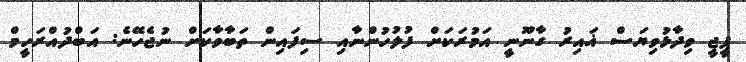
ޕީޖީ ވިދާޅުވިޔަސް ޣައިރު ގާނޫނީ އަމުރަކަށް ފުލުހުންނާއި ސިފައިން ތަބާވާކަށް ނުޖެހޭނެ: އަބްދުއްރަހީމް